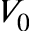
V _ { 0 }